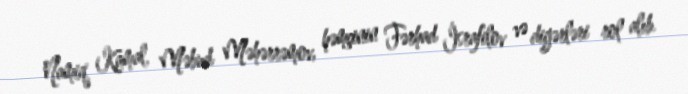
Namiq Kamal, Məbud Məhərrəmov, həmçinin Fərhad İsrafilov və digərləri rol alıb.